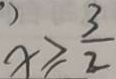
x \geq \frac { 3 } { 2 }